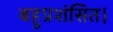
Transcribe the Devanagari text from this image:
बहुप्रशंसित।